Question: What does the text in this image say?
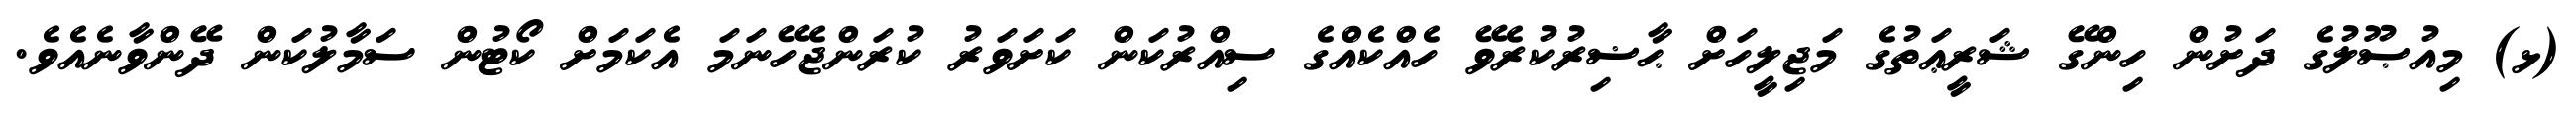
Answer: (ޅ) މިއުޞޫލުގެ ދަށުން ހިންގޭ ޝަރީޢަތުގެ މަޖިލީހަށް ޙާޟިރުކުރެވޭ ހެއްކެއްގެ ސިއްރުކަން ކަށަވަރު ކުރަންޖެހޭނަމަ އެކަމަށް ކޯޓުން ސަމާލުކަން ދޭންވާނެއެވެ.